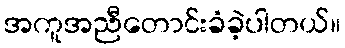
အကူအညီတောင်းခံခဲ့ပါတယ်။